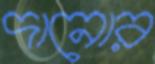
দানোর